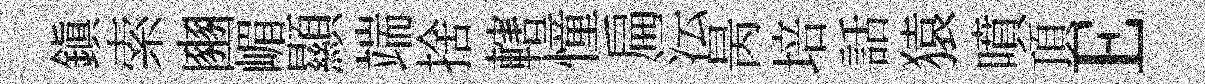
鎭索豳嵋顯端捨轄憧扁沄昺培話猿噴頂E